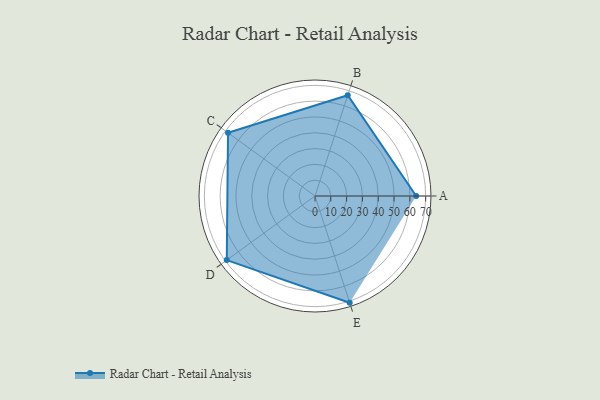
{"axis": {"x": "Skill", "y": "Score"}, "legend": ["Profile"], "data": [{"x": "A", "y": 64.0, "type": "Profile"}, {"x": "B", "y": 67.0, "type": "Profile"}, {"x": "C", "y": 68.0, "type": "Profile"}, {"x": "D", "y": 69.0, "type": "Profile"}, {"x": "E", "y": 71.0, "type": "Profile"}]}